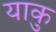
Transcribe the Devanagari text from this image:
याकु